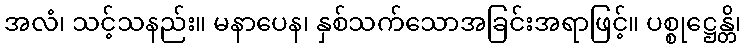
အလံ၊ သင့်သနည်း။ မနာပေန၊ နှစ်သက်သောအခြင်းအရာဖြင့်။ ပစ္စုဋ္ဌေန္တိ၊